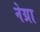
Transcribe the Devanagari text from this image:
नेग्रा